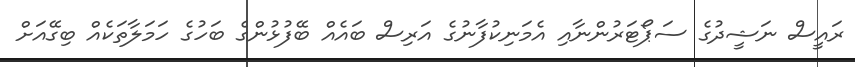
ރައީސް ނަޝީދުގެ ސަޕޯޓަރުންނާއި އެމަނިކުފާނުގެ އަރިސް ބައެއް ބޭފުޅުންގެ ބަހުގެ ހަމަލާތަކެއް ބިގޭއަށް